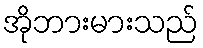
အိုဘားမားသည်